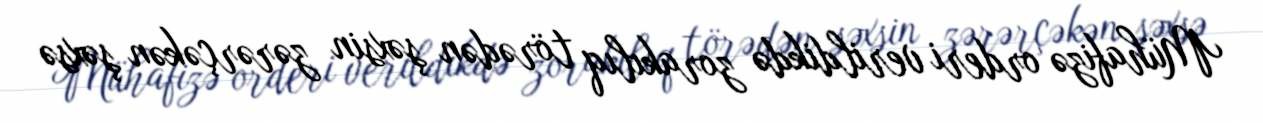
Mühafizə orderi verildikdə zorakılıq törədən şəxsin zərərçəkən şəxsə